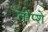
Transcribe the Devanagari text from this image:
तोप्शे